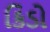
કિડો